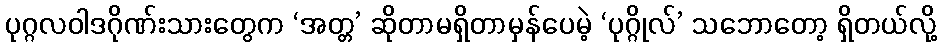
ပုဂ္ဂလဝါဒဂိုဏ်းသားတွေက ‘အတ္တ’ ဆိုတာမရှိတာမှန်ပေမဲ့ ‘ပုဂ္ဂိုလ်’ သဘောတော့ ရှိတယ်လို့